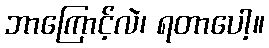
ဘာကြောင့်လဲ၊ ရတာပေါ့။